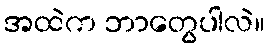
အထဲက ဘာတွေပါလဲ။